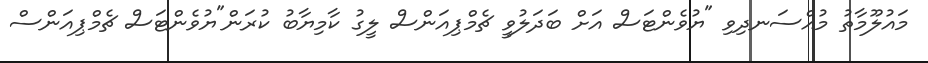
މައުލޫމާތު މުއްސަނދިވި "ޔުވެންޓަސް އަށް ބަދަލުވީ ޗެމްޕިއަންސް ލީގު ކާމިޔާބު ކުރަން"ޔުވެންޓަސް ޗެމްޕިއަންސް